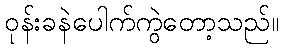
ဝုန်းခနဲပေါက်ကွဲတော့သည်။